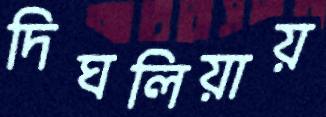
দিঘলিয়ায়